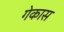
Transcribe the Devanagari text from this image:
गेकास